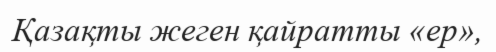
Қазақты жеген қайратты «ер»,